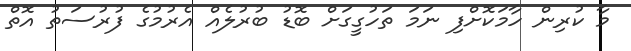
މާ ކުރިން ހާމަކޮށްފި ނަމަ ތަހުގީގަށް ބޮޑު ބުރުލެއް އެރުމުގެ ފުރުސަތު އޮތް